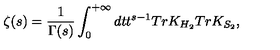
\zeta ( s ) = { \frac { 1 } { \Gamma ( s ) } } \int _ { 0 } ^ { + \infty } d t t ^ { s - 1 } T r K _ { H _ { 2 } } T r K _ { S _ { 2 } } ,